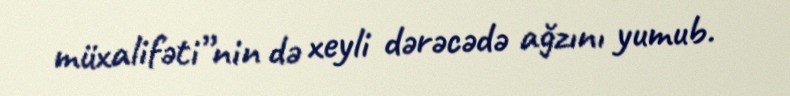
müxalifəti”nin də xeyli dərəcədə ağzını yumub.